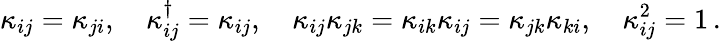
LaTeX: \kappa_{ij}=\kappa_{ji},\quad\kappa_{ij}^{\dagger}=\kappa_{ij},\quad\kappa_{ij}\kappa_{jk}=\kappa_{ik}\kappa_{ij}=\kappa_{jk}\kappa_{ki},\quad\kappa_{ij}^{2}=1\, .